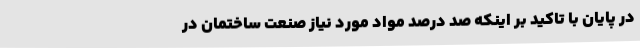
در پایان با تاکید بر اینکه صد درصد مواد مورد نیاز صنعت ساختمان در